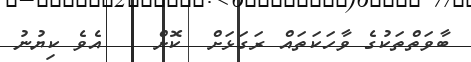
ބާވަތްތަކުގެ ވާހަކަތައް ރަގަޅަށް  ކޮށް    އެވެ ކިޔުނު